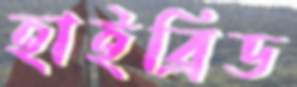
হাইব্রিড